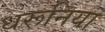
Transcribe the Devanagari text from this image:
धरूनिया